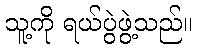
သူ့ကို ရယ်ပွဲဖွဲ့သည်။